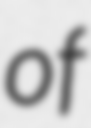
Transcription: of